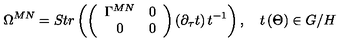
\Omega ^ { M N } = S t r \left( \left( \begin{array} { c c } { \Gamma ^ { M N } } & { 0 } \\ { 0 } & { 0 } \\ \end{array} \right) \left( \partial _ { \tau } t \right) t ^ { - 1 } \right) , \quad t \left( \Theta \right) \in G / H